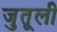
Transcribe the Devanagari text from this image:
जुतूली